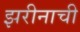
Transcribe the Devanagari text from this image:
झरीनाची